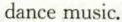
the dancemusic.